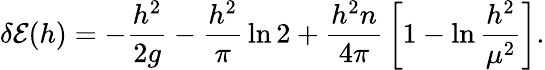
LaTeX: \delta{\cal E}(h)=-{\frac{h^{2}}{2g}}-{\frac{h^{2}}{\pi}}\ln 2+{\frac{h^{2}n}{4\pi}}\left[1-\ln{\frac{h^{2}}{\mu^{2}}}\right].